Insane asylums in Bengal annual reports 1876-1887 - 1876-1887
Year: 1876
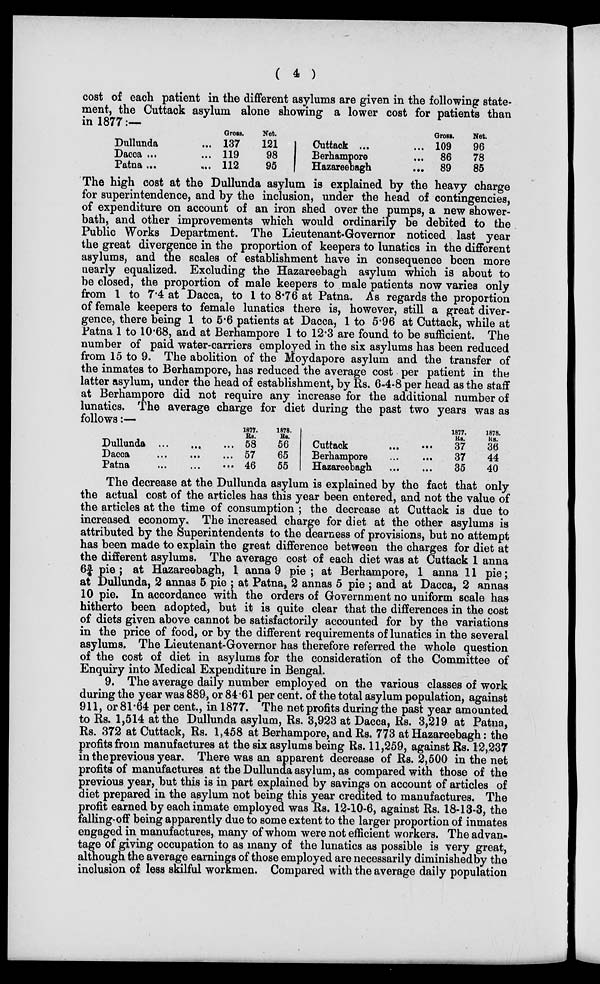
( 4 )
cost of each patient in the different asylums are given in the following state-
ment, the Cuttack asylum alone showing a lower cost for patients than
in 1877:—
Dullunda ... ..
Dacca ...
...
Patana
...
...
Gross.
137
119
112
Net.
121
98
95
Cuttack ... ...
Berhampore ...
Hazareebagh
...
Gross.
109
86
89
Net.
96
78
85
The high cost at the Dullunda asylum is explained by the heavy charge
for superintendence, and by the inclusion, under the head of contingencies,
of expenditure on account of an iron shed over the pumps, a new shower-
bath, and other improvements which would ordinarily be debited to the
Public Works Department. The Lieutenant-Governor noticed last year
the great divergence in the proportion of keepers to lunatics in the different
asylums, and the scales of establishment have in consequence been more
nearly equalized. Excluding the Hazareebagh asylum which is about to
be closed, the proportion of male keepers to male patients now varies only
from 1 to 7.4 at Dacca, to 1 to 8.76 at Patna. As regards the proportion
of female keepers to female lunatics there is, however, still a great diver-
gence, there being 1 to 5.6 patients at Dacca, 1 to 5.96 at Cuttack, while at
Patna 1 to 10.68, and at Berhampore 1 to 12.3 are found to be sufficient. The
number of paid water-carriers employed in the six asylums has been reduced
from 15 to 9. The abolition of the Moydapore asylum and the transfer of
the inmates to Berhampore, has reduced the average cost per patient in the
latter asylum, under the head of establishment, by Rs. 6-4-8 per head as the staff
at Berhampore did not require any increase for the additional number of
lunatics. The average charge for diet during the past two years was as
follows:—
Dullunda ... ... ...
Dacca ... ... ...
Patna ... ... ...
1877.
Rs
58
57
46
1878.
Rs.
56
65
55
Cuttack...
...
Berhampore...
...
Hazareebagh...
...
1877.
Rs.
37
37
35
1878.
Rs.
36
44
40
The decrease at the Dullunda asylum is explained by the fact that only
the actual cost of the articles has this year been entered, and not the value of
the articles at the time of consumption ; the decrease at Cuttack is due to
increased economy. The increased charge for diet at the other asylums is
attributed by the Superintendents to the dearness of provisions, but no attempt
has been made to explain the great difference between the charges for diet at
the different asylums. The average cost of each diet was at Cuttack 1 anna
6¾ pie; at Hazareebagh, 1 anna 9 pie; at Berhampore, 1 anna 11 pie;
at Dullunda, 2 annas 5 pie ; at Patna, 2 annas 5 pie ; and at Dacca, 2 annas
10 pie. In accordance with the orders of Government no uniform scale has
hitherto been adopted, but it is quite clear that the differences in the cost
of diets given above cannot be satisfactorily accounted for by the variations
in the price of food, or by the different requirements of lunatics in the several
asylums. The Lieutenant-Governor has therefore referred the whole question
of the cost of diet in asylums for the consideration of the Committee of
Enquiry into Medical Expenditure in Bengal.
9. The average daily number employed on the various classes of work
during the year was 889, or 84.61 per cent. of the total asylum population, against
911, or 81.64 per cent., in 1877. The net profits during the past year amounted
to Rs. 1,514 at the Dullunda asylum, Rs. 3,923 at Dacca, Rs. 3,219 at Patna,
Rs. 372 at Cuttack, Rs. 1,458 at Berhampore, and Rs. 773 at Hazareebagh: the
profits from manufactures at the six asylums being Rs. 11,259, against Rs. 12,237
in the previous year. There was an apparent decrease of Rs. 2,500 in the net
profits of manufactures at the Dullunda asylum, as compared with those of the
previous year, but this is in part explained by savings on account of articles of
diet prepared in the asylum not being this year credited to manufactures. The
profit earned by each inmate employed was Rs. 12-10-6, against Rs. 18-13-3, the
falling-off being apparently due to some extent to the larger proportion of inmates
engaged in manufactures, many of whom were not efficient workers. The advan-
tage of giving occupation to as many of the lunatics as possible is very great,
although the average earnings of those employed are necessarily diminished by the
inclusion of less skilful workmen. Compared with the average daily population